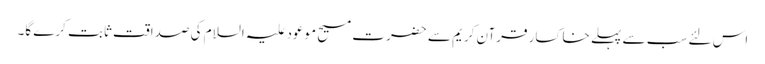
اس لئے سب سے پہلے خاکسار قرآن کریم سے حضرت مسیح موعود علیہ السلام کی صداقت ثابت کرے گا۔